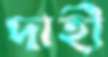
দাহী